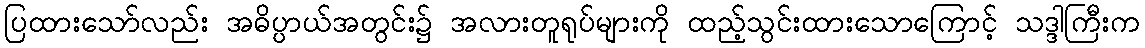
ပြထားသော်လည်း အဓိပ္ပာယ်အတွင်း၌ အလားတူရုပ်များကို ထည့်သွင်းထားသောကြောင့် သဒ္ဒါကြီးက